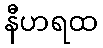
နီဟရထ